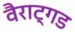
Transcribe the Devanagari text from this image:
वैराट्गड